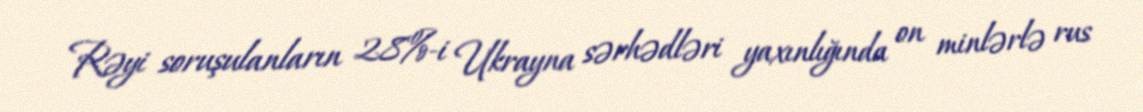
Rəyi soruşulanların 28%-i Ukrayna sərhədləri yaxınlığında on minlərlə rus